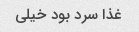
غذا سرد بود خیلی